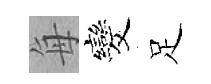
每发足